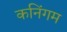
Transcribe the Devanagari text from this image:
कनिंगम